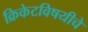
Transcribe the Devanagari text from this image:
क्रिकेटविषयीचे